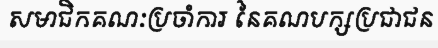
សមាជិកគណៈប្រចាំការ នៃគណបក្សប្រជាជន